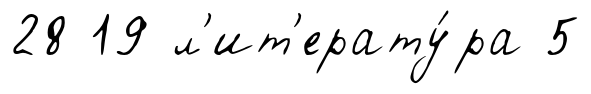
28 19 л'ит'ерату́ра 5